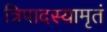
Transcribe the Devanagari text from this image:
त्रिपादस्यामृतं